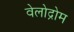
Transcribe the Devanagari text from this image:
वेलोद्रोम